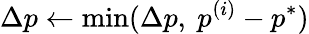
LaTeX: \Delta p\gets\operatorname*{min}(\Delta p,~p^{(i)}-p^{*})